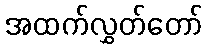
အထက်လွှတ်တော်